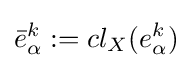
{\bar {e}}_{\alpha }^{k}:=cl_{X}(e_{\alpha }^{k})